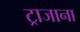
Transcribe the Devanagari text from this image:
ट्राजाना